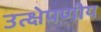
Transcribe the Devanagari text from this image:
उत्क्षेपणीय